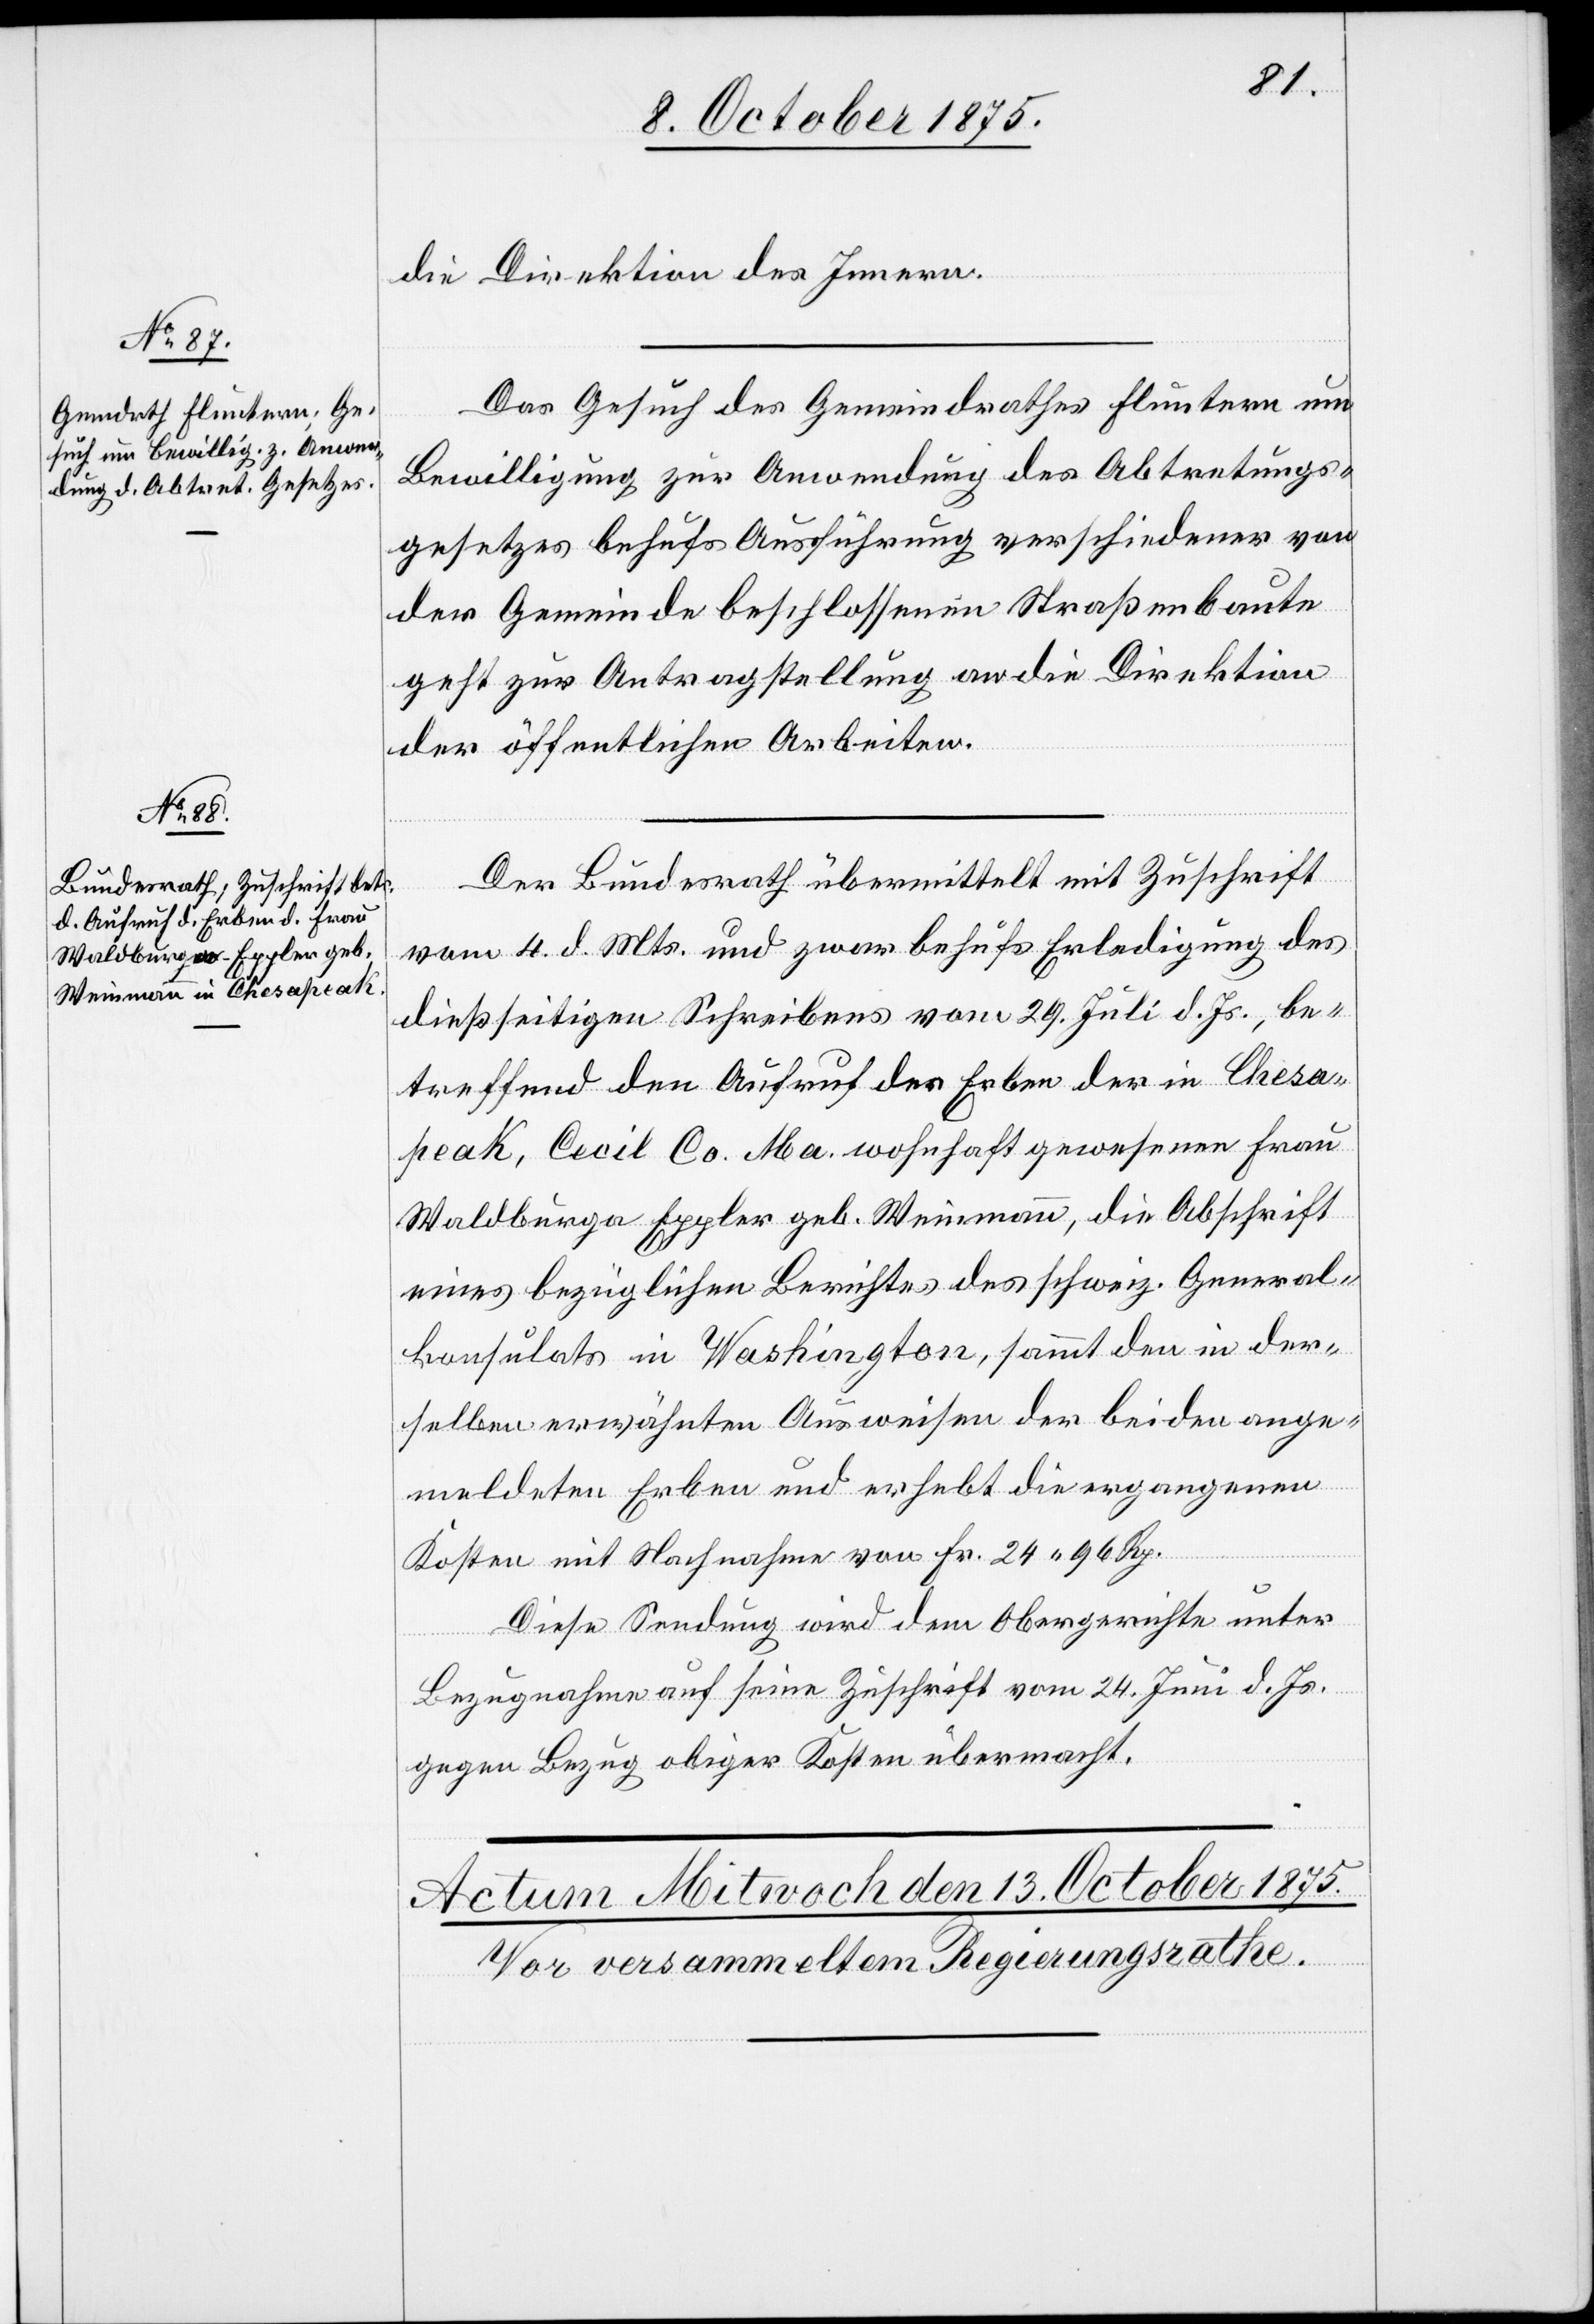
12. October 1875.]
die Direktion des Innern.
Das Gesuch des Gemeindrathes Fluntern um
Bewilligung zur Anwendung des Abtretungs¬
gesetzes behufs Ausführung verschiedener von
der Gemeinde beschlossenen Straßenbauten
geht zur Antragstellung an die Direktion
der öffentlichen Arbeiten.
Der Bundesrath übermittelt mit Zuschrift
vom 4. d. Mts. und zwar behufs Erledigung des
dießseitigen Schreibens vom 29. Juli d. Js., be¬
treffend den Aufruf der Erben der in Chesa¬
peak, Cecil Co. Ma. wohnhaft gewesenen Frau
Waldburga Eppler geb. Weinmann, die Abschrift
eines bezüglichen Berichtes des schweiz. General¬
konsulats in Washington, sammt den in der¬
selben erwähnten Ausweisen der beiden ange¬
meldeten Erben und erhebt die ergangenen
Kosten mit Nachnahme von Fr. 24 96 Rp.
Diese Sendung wird dem Obergerichte unter
Bezugnahme auf seine Zuschrift vom 24. Juni d. Js.
gegen Bezug obiger Kosten übermacht.